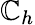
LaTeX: \mathbb{C}_{h}